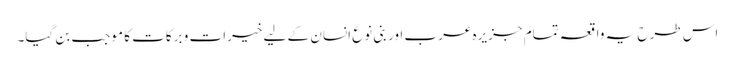
اس طرح یہ واقعہ تمام جزیرہ عرب اور بنی نوع انسان کے لیے خیرات و برکات کا موجب بن گیا۔